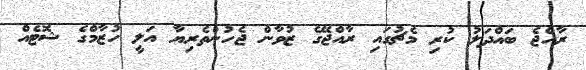
ރާއްޖެ ބައްދަލު ކުރި މެޗުގައި ރާއްޖޭގެ ޒުވާން ޖެހުންތެރިޔާ އަލީ ހުޒާމްގެ ޝޮޓެއް